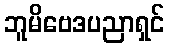
ဘူမိဗေဒပညာရှင်